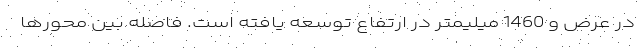
در عرض و 1460 میلیمتر در ارتفاع توسعه یافته است. فاصله بین محورها